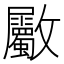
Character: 𣀼